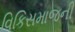
વિકિસમાજની